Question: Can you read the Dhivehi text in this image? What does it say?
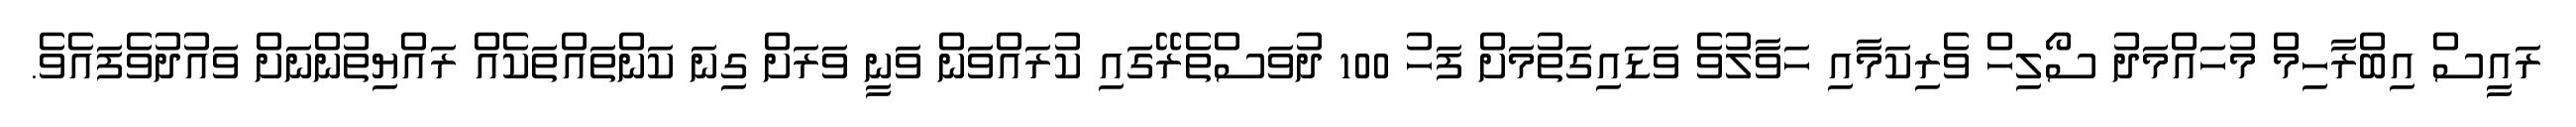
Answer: ރައީސް އިބްރާހިމް މުހައްމަދު ސޯލިހް ވެރިކަމާއި ހަވާލުވެ ވަޑައިގަތުމަށް ފަހު 100 ދުވަސްތެރޭގައި ކުރައްވަން ވަނީ ވަރަށް ގިނަ ކަންތައްތަކެއް ރައްޔިތުންނަށް ވައުދުވެފައެވެ.